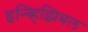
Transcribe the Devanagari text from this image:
इन्व्हिझिबल